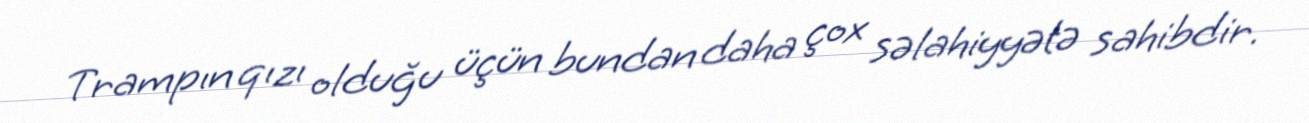
Trampın qızı olduğu üçün bundan daha çox səlahiyyətə sahibdir.